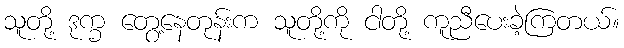
သူတို့ ဒုက္ခ တွေ့နေတုန်းက သူတို့ကို ငါတို့ ကူညီပေးခဲ့ကြတယ်။